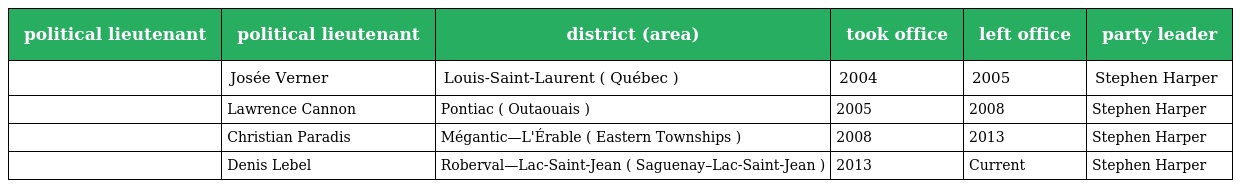
| political lieutenant | political lieutenant | district (area) | took office | left office | party leader |
 | --- | --- | --- | --- | --- | --- |
 |  | Josée Verner | Louis-Saint-Laurent ( Québec ) | 2004 | 2005 | Stephen Harper |
 |  | Lawrence Cannon | Pontiac ( Outaouais ) | 2005 | 2008 | Stephen Harper |
 |  | Christian Paradis | Mégantic—L'Érable ( Eastern Townships ) | 2008 | 2013 | Stephen Harper |
 |  | Denis Lebel | Roberval—Lac-Saint-Jean ( Saguenay–Lac-Saint-Jean ) | 2013 | Current | Stephen Harper |